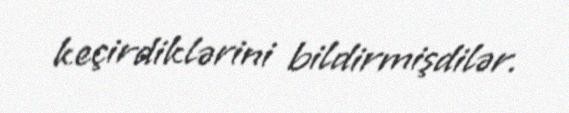
keçirdiklərini bildirmişdilər.